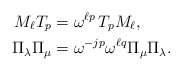
\begin{align*}M_\ell T_p &= \omega^{\ell p} \, T_p M_\ell, \\\Pi_{\lambda}\Pi_{\mu} &= \omega^{-jp}\omega^{\ell q} \Pi_\mu\Pi_\lambda.\end{align*}